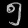
Digit: ၅